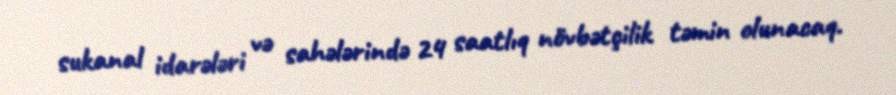
sukanal idarələri və sahələrində 24 saatlıq növbətçilik təmin olunacaq.